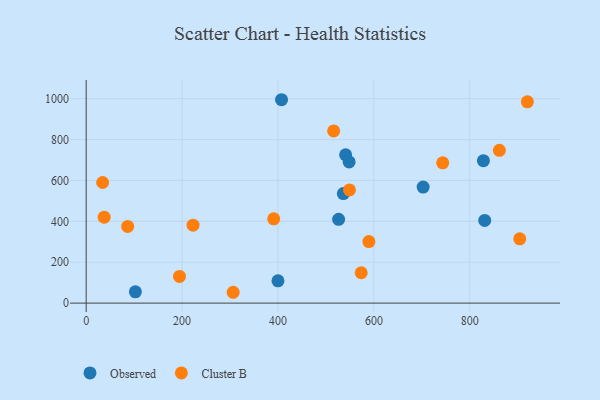
{"axis": {"x": "Speed", "y": "Sales"}, "legend": ["Cluster B", "Observed"], "data": [{"x": "400.0", "y": 108.9, "type": "Observed"}, {"x": "828.4", "y": 696.5, "type": "Observed"}, {"x": "526.4", "y": 410.0, "type": "Observed"}, {"x": "541.1", "y": 725.0, "type": "Observed"}, {"x": "702.7", "y": 567.4, "type": "Observed"}, {"x": "102.6", "y": 55.3, "type": "Observed"}, {"x": "407.4", "y": 994.7, "type": "Observed"}, {"x": "548.4", "y": 690.6, "type": "Observed"}, {"x": "536.3", "y": 535.9, "type": "Observed"}, {"x": "831.1", "y": 404.3, "type": "Observed"}, {"x": "904.2", "y": 314.3, "type": "Cluster B"}, {"x": "861.7", "y": 747.2, "type": "Cluster B"}, {"x": "34.3", "y": 589.9, "type": "Cluster B"}, {"x": "222.9", "y": 381.1, "type": "Cluster B"}, {"x": "516.1", "y": 842.3, "type": "Cluster B"}, {"x": "86.6", "y": 374.9, "type": "Cluster B"}, {"x": "194.6", "y": 130.7, "type": "Cluster B"}, {"x": "589.6", "y": 301.1, "type": "Cluster B"}, {"x": "37.5", "y": 420.4, "type": "Cluster B"}, {"x": "920.1", "y": 984.3, "type": "Cluster B"}, {"x": "743.5", "y": 685.9, "type": "Cluster B"}, {"x": "306.5", "y": 53.0, "type": "Cluster B"}, {"x": "391.1", "y": 412.2, "type": "Cluster B"}, {"x": "549.1", "y": 553.8, "type": "Cluster B"}, {"x": "573.6", "y": 148.4, "type": "Cluster B"}]}